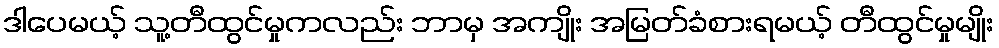
ဒါပေမယ့် သူ့တီထွင်မှုကလည်း ဘာမှ အကျိုး အမြတ်ခံစားရမယ့် တီထွင်မှုမျိုး